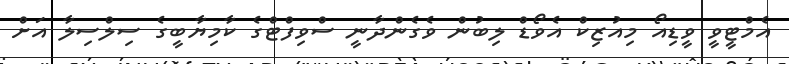
އެމްޓީވީ ވީޑިއޯ މިއުޒިކް އެވޯޑް ލިބުން ވެގެންދާނީ ސްވިފްޓްގެ ކާމިޔާބީގެ ސިލްސިލާ އަށް